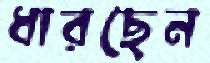
ধারছেন